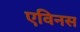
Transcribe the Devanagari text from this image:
एविनस